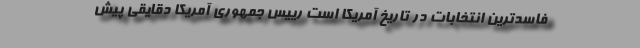
فاسدترین انتخابات در تاریخ آمریکا است رییس جمهوری آمریکا دقایقی پیش